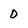
Character: 0